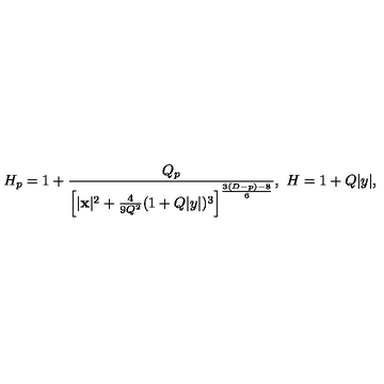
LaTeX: H _ { p } = 1 + { \frac { Q _ { p } } { \left[ | { \bf x } | ^ { 2 } + { \frac { 4 } { 9 Q ^ { 2 } } } ( 1 + Q | y | ) ^ { 3 } \right] ^ { \frac { 3 ( D - p ) - 8 } { 6 } } } } , \ H = 1 + Q | y | ,